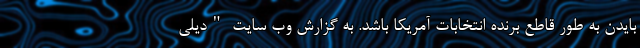
بایدن به طور قاطع برنده انتخابات آمریکا باشد. به گزارش وب سایت "دیلی